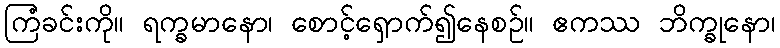
ကြံခင်းကို။ ရက္ခမာနော၊ စောင့်ရှောက်၍နေစဉ်။ ဧကဿ ဘိက္ခုနော၊